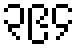
၃၉၄